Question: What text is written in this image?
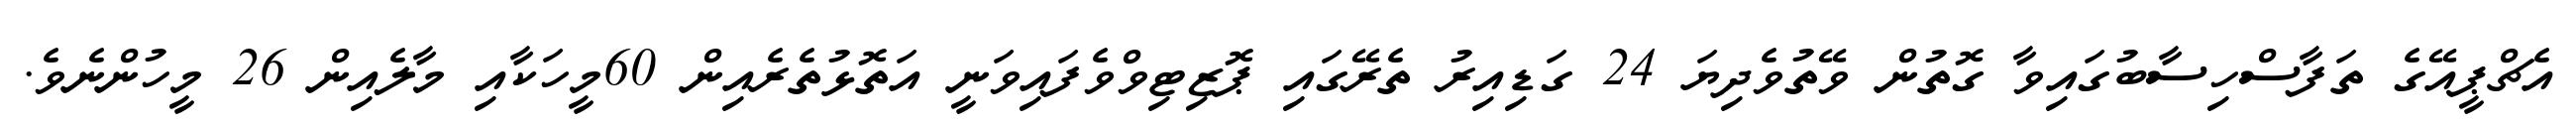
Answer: އެޗްޕީއޭގެ ތަފާސްހިސާބުގައިވާ ގޮތުން ވޭތުވެދިޔަ 24 ގަޑިއިރު ތެރޭގައި ޕޮޒިޓިވްވެފައިވަނީ އަތޮޅުތެރެއިން 60މީހަކާއި މާލެއިން 26 މީހުންނެވެ.